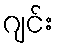
ဂျင်း